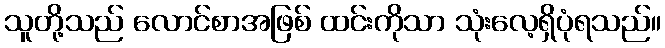
သူတို့သည် လောင်စာအဖြစ် ထင်းကိုသာ သုံးလေ့ရှိပုံရသည်။